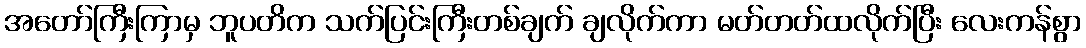
အတော်ကြီးကြာမှ ဘူပတိက သက်ပြင်းကြီးတစ်ချက် ချလိုက်ကာ မတ်တတ်ထလိုက်ပြီး လေးကန်စွာ